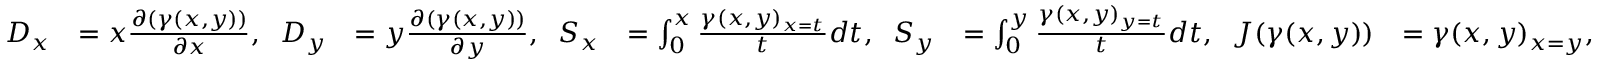
\begin{array} { r l r l r l } { D _ { x } } & { = x \frac { \partial ( \gamma ( x , y ) ) } { \partial x } , \; \; D _ { y } } & { = y \frac { \partial ( \gamma ( x , y ) ) } { \partial y } , \; \; S _ { x } } & { = \int _ { 0 } ^ { x } \frac { \gamma ( x , y ) _ { x = t } } { t } d t , \; \; S _ { y } } & { = \int _ { 0 } ^ { y } \frac { \gamma ( x , y ) _ { y = t } } { t } d t , \; \; J ( \gamma ( x , y ) ) } & { = \gamma ( x , y ) _ { x = y } , } \end{array}